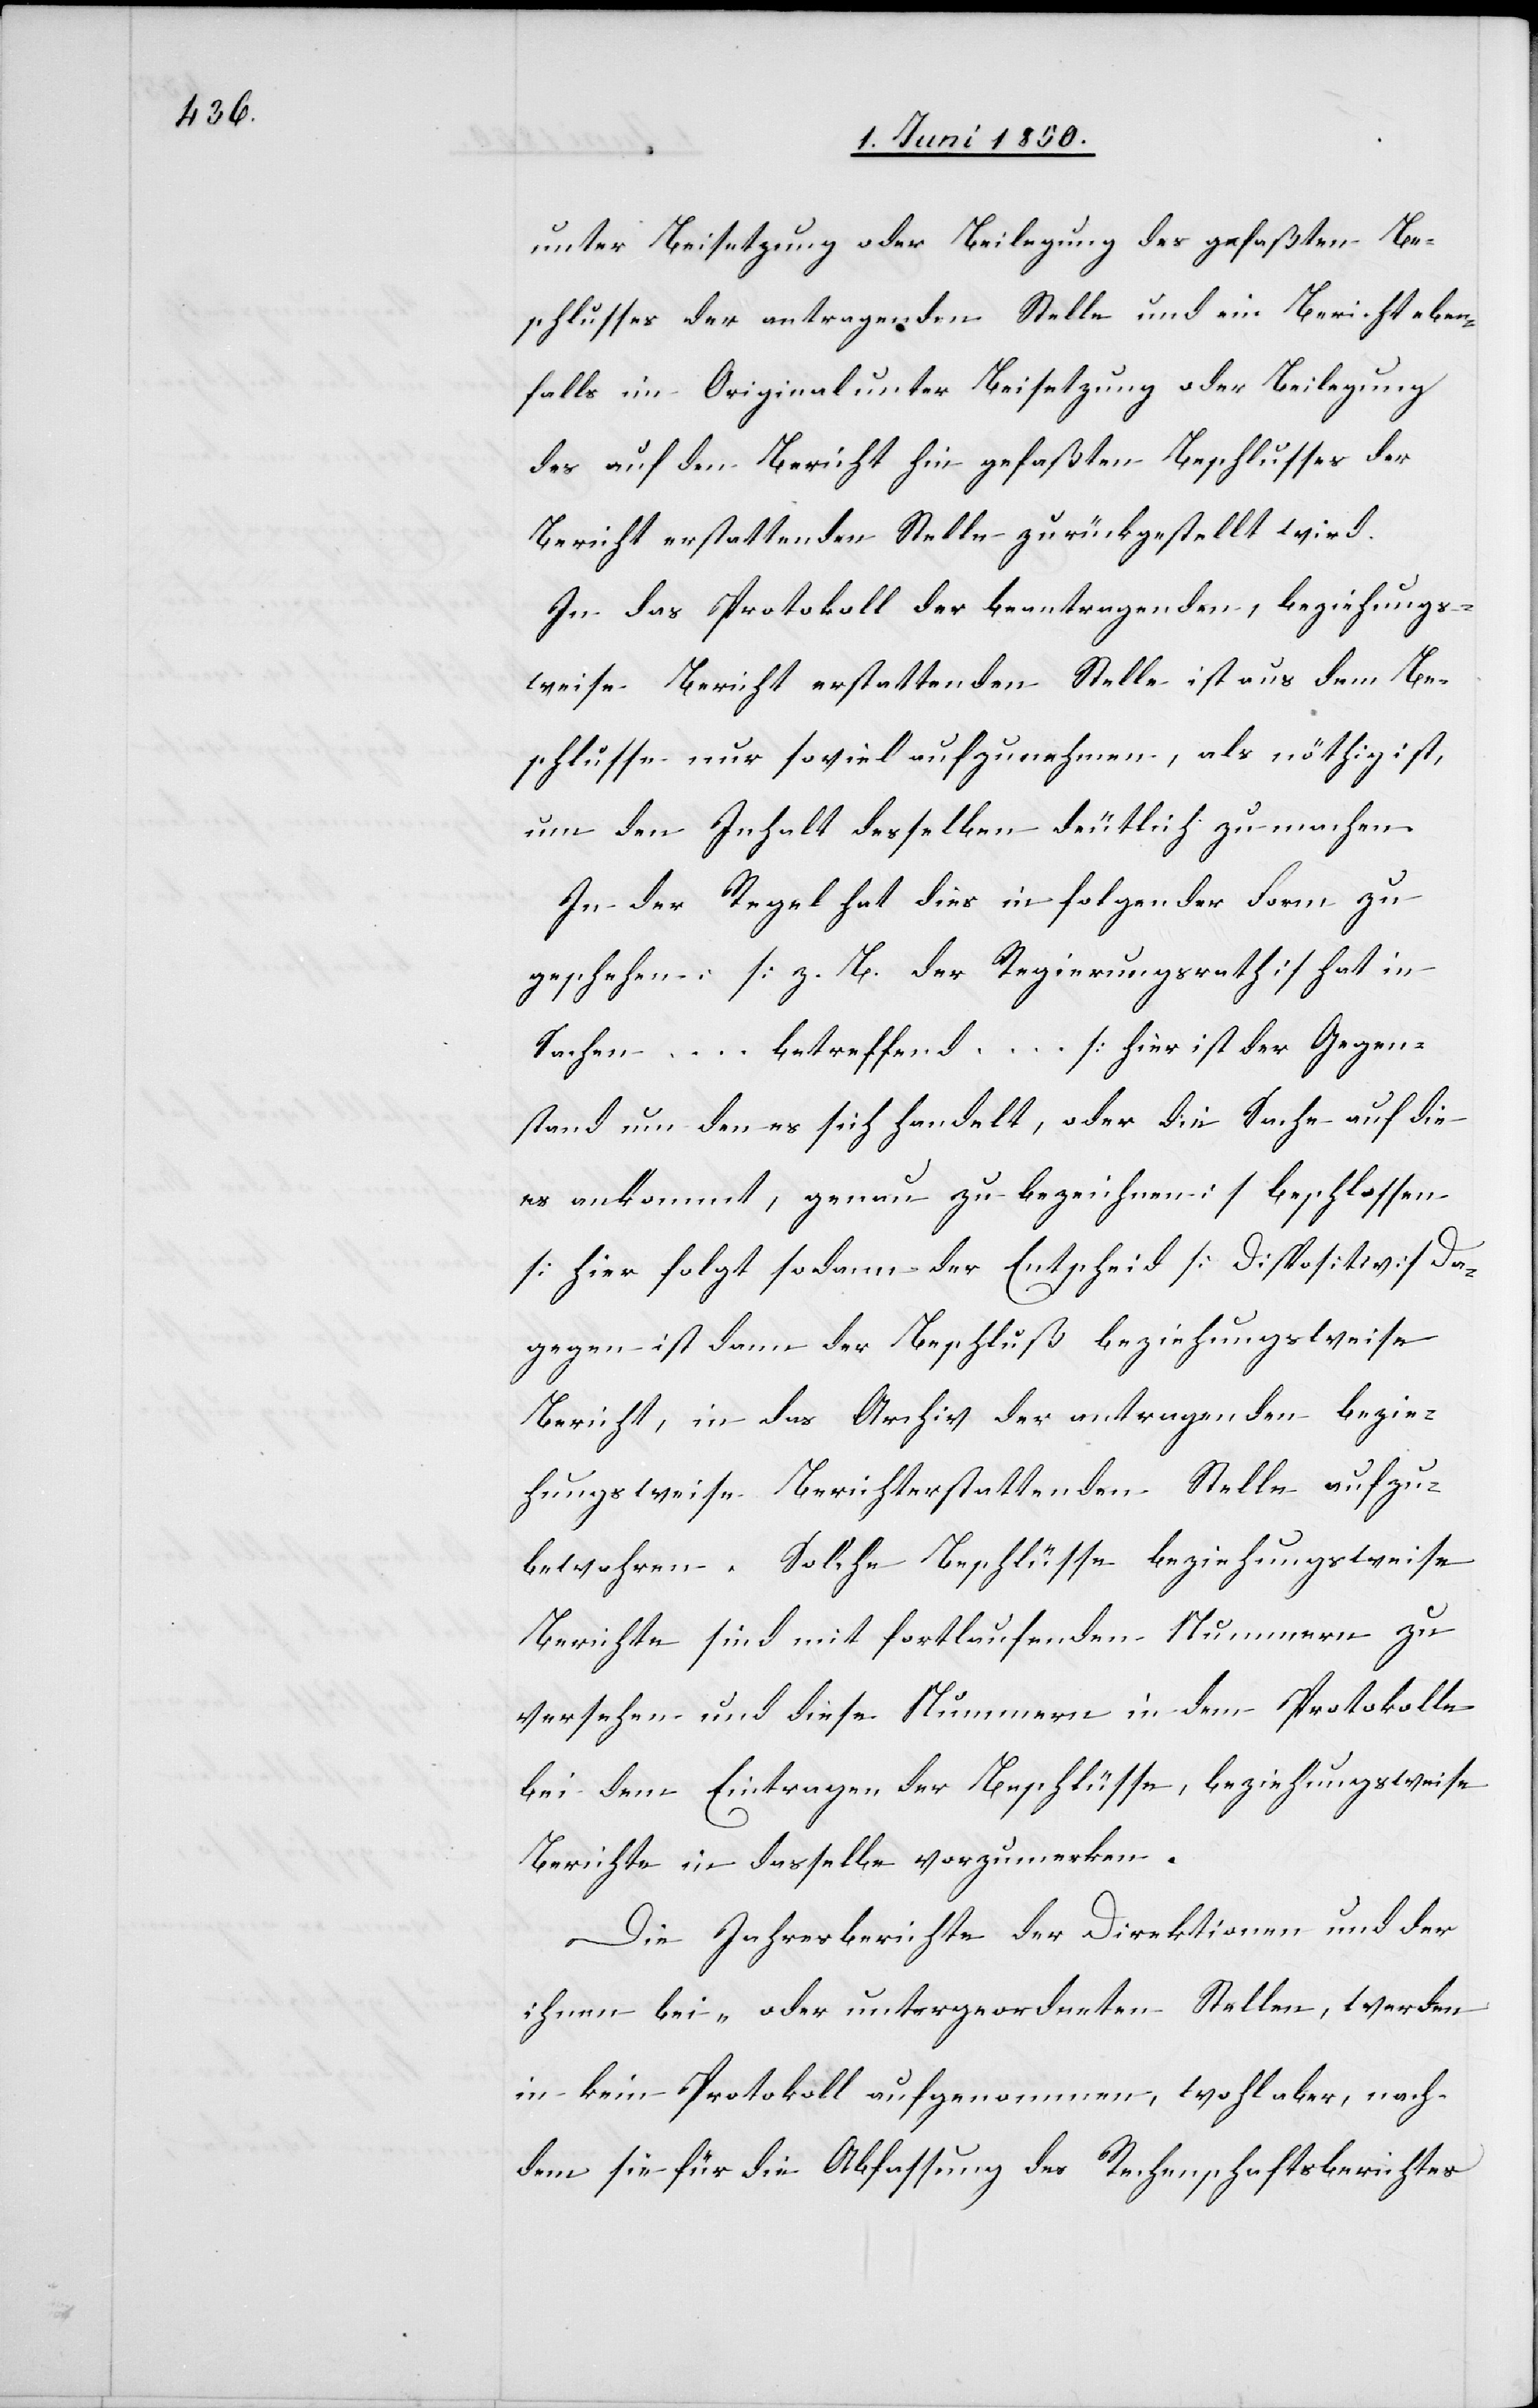
unter Beisetzung oder Beilegung des gefaßten Be¬
schlusses der antragenden Stelle und ein Bericht eben¬
falls im Original unter Beisetzung oder Beilegung
des auf den Bericht hin gefaßten Beschlusses der
Bericht erstattenden Stelle zurückgestellt wird.
In das Protokoll der beantragenden, beziehungs¬
weise Bericht erstattenden Stelle ist aus dem Be¬
schlusse nur so viel aufzunehmen, als nöthig ist,
um den Inhalt desselben deutlich zu machen.
In der Regel hat dies in folgender Form zu
geschehen: [z. B. der Regierungsrath] hat in
Sachen … betreffend … [hier ist der Gegen¬
stand um den es sich handelt, oder die Sache auf die
es ankommt, genau zu bezeichnen] beschlossen
[hier folgt sodann der Entscheid[]] [Dispositiv] Da¬
gegen ist dann der Beschluß beziehungsweise
Bericht, in das Archiv der antragenden bezie¬
hungsweise Berichterstattenden Stelle aufzu¬
bewahren. Solche Beschlüsse beziehungsweise
Berichte sind mit fortlaufenden Nummern zu
versehen und diese Nummern in dem Protokolle
bei dem Eintragen der Beschlüsse, beziehungsweise
Berichte in dasselbe vorzumerken.
Die Jahresberichte der Direktionen und der
ihnen bei- oder untergeordneten Stellen, werden
in kein Protokoll aufgenommen, wohl aber, nach¬
dem sie für die Abfassung des Rechenschaftsberichtes